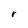
Character: r